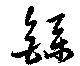
繇